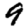
Digit: 9